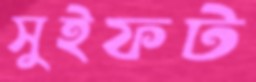
সুইফট